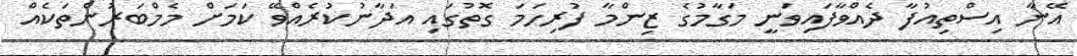
އޭނާ އިސްތިއުފާ ދެއްވާފައިވަނީ މަގާމުގެ ޒިންމާ ފުރިހަމަ ގޮތުގައި އަދާނުކުރެއްވޭ ކަމަށް މެމްބަރުންތަކެއް